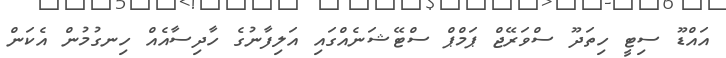
އައްޑޫ ސިޓީ ހިތަދޫ ސްވަރޭޖް ޕަމްޕް ސްޓޭޝަނެއްގައި އަލިފާނުގެ ހާދިސާއެއް ހިނގުމުން އެކަން